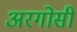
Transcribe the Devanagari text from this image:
अरगोसी